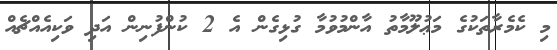
މި ކެމެރާތަކުގެ މަޢުލޫމާތު އާންމުވުމާ ގުޅިގެން އެ 2 ކުންފުނިން އަދި ވަކިއެއްޗެއް